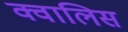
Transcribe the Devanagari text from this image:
क्वालिस